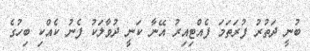
ބުނީ ދަތުރު ފުރަތަމަ ފެއްޓިއިރު އޭނާ ކަނީ ދުވާލަކު ފެނު ކެއްކި ބިހުގެ